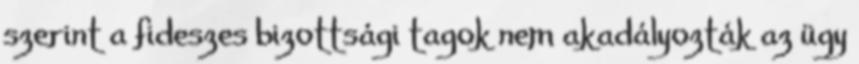
szerint a fideszes bizottsági tagok nem akadályozták az ügy